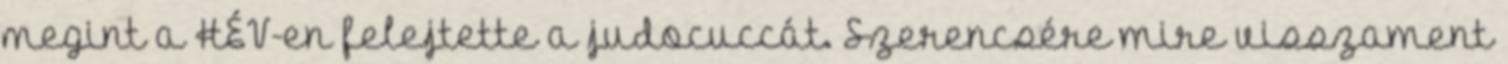
megint a HÉV-en felejtette a judocuccát. Szerencsére mire visszament